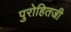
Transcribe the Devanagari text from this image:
पुरोहितजी